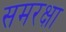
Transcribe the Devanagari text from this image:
समरक्षा